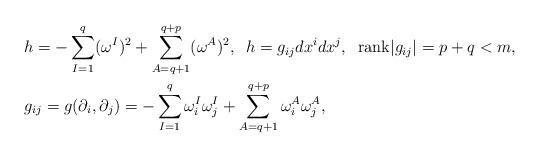
LaTeX: \begin{align*} &h=-\sum_{I=1}^{q}(\omega^{I})^{2}+\sum_{A=q+1}^{q+p}(\omega^{A})^{2}, \;\; h=g_{ij}dx^{i}dx^{j}, \;\; \mathrm{rank}|g_{ij}|=p+q<m,\\ &g_{ij}=g(\partial_{i},\partial_{j})=-\sum_{I=1}^{q}\omega^{I}_{i}\omega^{I}_{j}+\sum_{A=q+1}^{q+p}\omega^{A}_{i}\omega^{A}_{j},\end{align*}